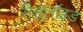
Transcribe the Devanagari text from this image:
सैलूलॉइड